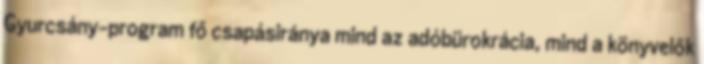
Gyurcsány-program fő csapásiránya mind az adóbürokrácia, mind a könyvelők